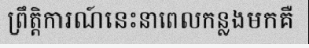
ព្រឹត្តិការណ៍នេះនាពេលកន្លងមកគឺ